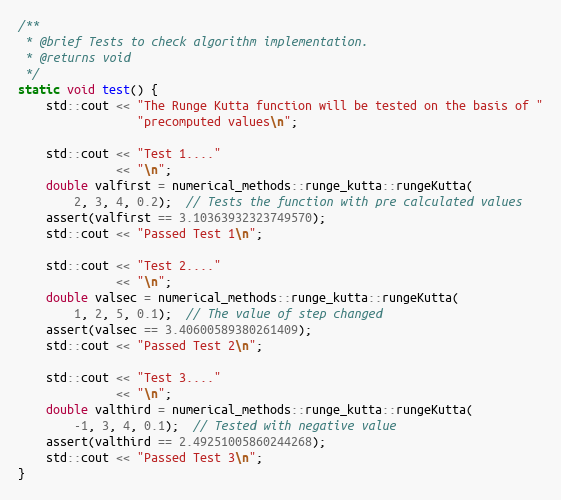
Language: C++
/**
 * @brief Tests to check algorithm implementation.
 * @returns void
 */
static void test() {
    std::cout << "The Runge Kutta function will be tested on the basis of "
                 "precomputed values\n";

    std::cout << "Test 1...."
              << "\n";
    double valfirst = numerical_methods::runge_kutta::rungeKutta(
        2, 3, 4, 0.2);  // Tests the function with pre calculated values
    assert(valfirst == 3.10363932323749570);
    std::cout << "Passed Test 1\n";

    std::cout << "Test 2...."
              << "\n";
    double valsec = numerical_methods::runge_kutta::rungeKutta(
        1, 2, 5, 0.1);  // The value of step changed
    assert(valsec == 3.40600589380261409);
    std::cout << "Passed Test 2\n";

    std::cout << "Test 3...."
              << "\n";
    double valthird = numerical_methods::runge_kutta::rungeKutta(
        -1, 3, 4, 0.1);  // Tested with negative value
    assert(valthird == 2.49251005860244268);
    std::cout << "Passed Test 3\n";
}